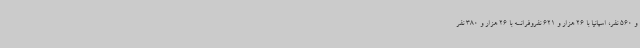
و 560 نفر، اسپانیا با 26 هزار و 621 نفروفرانسه با 26 هزار و 380 نفر